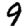
Digit: 9